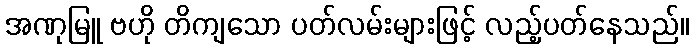
အဏုမြူ ဗဟို တိကျသော ပတ်လမ်းများဖြင့် လည့်ပတ်နေသည်။